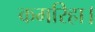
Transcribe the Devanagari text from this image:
कमरिहा।